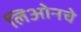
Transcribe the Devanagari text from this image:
लिओनचे